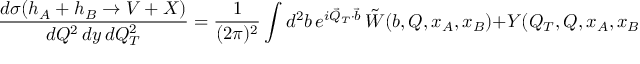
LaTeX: \frac { d \sigma ( h _ { A } + h _ { B } \rightarrow V + X ) } { d Q ^ { 2 } \, d y \, d Q _ { T } ^ { 2 } } = \frac { 1 } { ( 2 \pi ) ^ { 2 } } \int d ^ { 2 } b \, e ^ { i \vec { Q } _ { T } \cdot \vec { b } } \, \tilde { W } ( b , Q , x _ { A } , x _ { B } ) + Y ( Q _ { T } , Q , x _ { A } , x _ { B } ) \, ,